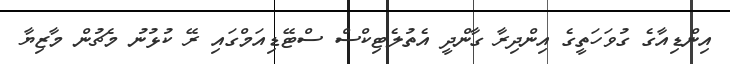
އިންޑިއާގެ ގުވަހަތީގެ އިންދިރާ ގާންދީ އެތުލެޓިކްސް ސްޓޭޑިއަމްގައި ރޭ ކުޅުނު މެޗުން މާޒިޔާ